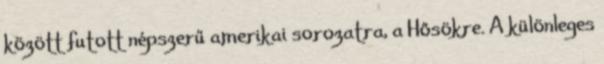
között futott népszerű amerikai sorozatra, a Hősökre. A különleges